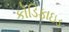
કોડિફાઇડ